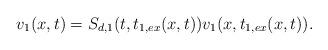
LaTeX: \begin{align*} v_1(x,t)&=S_{d,1}(t,t_{1,ex}(x,t))v_1(x,t_{1,ex}(x,t)).\end{align*}